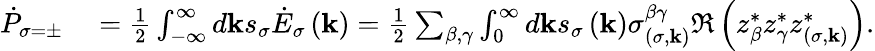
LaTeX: \begin{array}{rl}{\dot{P}_{\sigma=\pm}}&{{}=\frac{1}{2}\int_{-\infty}^{\infty}d\mathbf{k}s_{\sigma}\dot{E}_{\sigma}\left(\mathbf{k}\right)=\frac{1}{2}\sum_{\beta,\gamma}\int_{0}^{\infty}d\mathbf{k}s_{\sigma}\left(\mathbf{k}\right)\sigma_{\left(\sigma,\mathbf{k}\right)}^{\beta\gamma}\Re\left(z_{\beta}^{*}z_{\gamma}^{*}z_{\left(\sigma,\mathbf{k}\right)}^{*}\right).}\end{array}